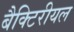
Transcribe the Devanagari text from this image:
बैक्टिरीयल